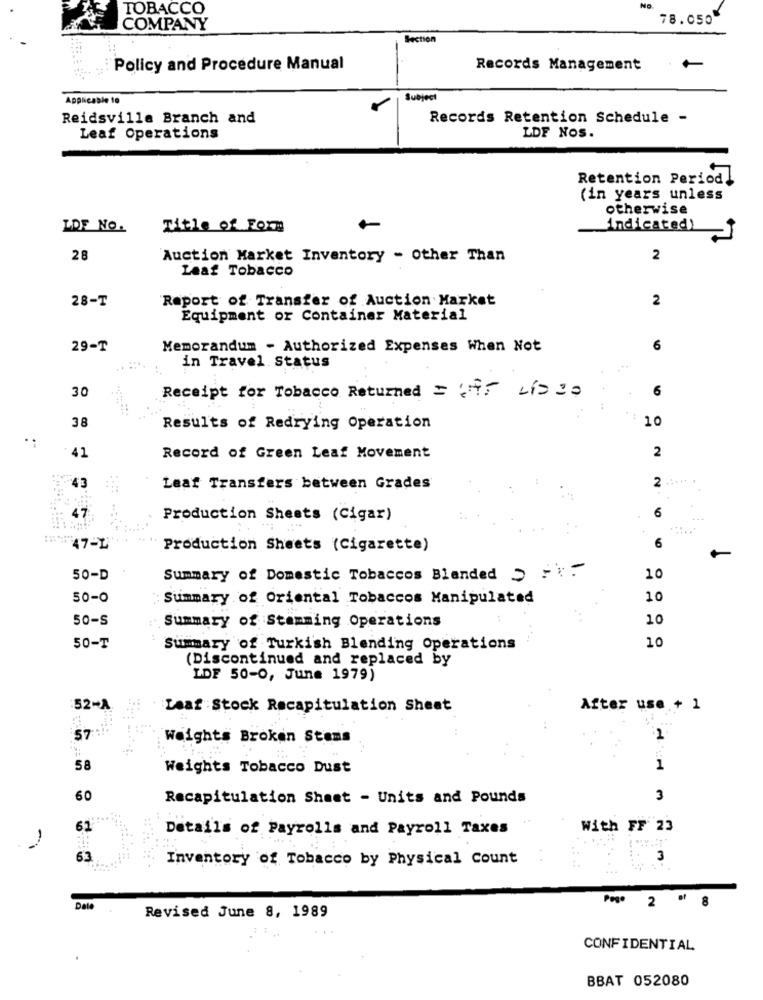
TOBACCO
78.050
COMPANY
Section
Policy and Procedure Manual
Records Management
Applicable 10
Subject
Reidsville Branch and
Records Retention Schedule -
Leaf Operations
LDF Nos.
Retention Period!
(in years unless
otherwise
LOF NO.
Title of Form
indicated)
28
Auction Market Inventory - Other Than
2
Leaf Tobacco
28-T
Report of Transfer of Auction Market
2
Equipment or Container Material
29-T
Memorandum - Authorized Expenses When Not
6
in Travel Status
30
Receipt for Tobacco Returned == LiDIO
6
38
Results of Redrying Operation
10
2
41
Record of Green Leaf Movement
43
Leaf Transfers between Grades
2
47
Production Sheets (Cigar)
6
47-L
Production Sheets (Cigarette)
6
50-D
Summary of Domestic Tobaccos Blended > ==
10
50-0
Summary of Oriental Tobaccos Manipulated
10
50-S
Summary of Stemming Operations
10
10
50-T
Summary of Turkish Blending Operations
(Discontinued and replaced by
LDF 50-0, June 1979)
52-A.
Leaf Stock Recapitulation Sheet
After use + 1
571
Weights Broken Stens
2
58
Weights Tobacco Dust
1
60
Recapitulation Sheet - Units and Pounds
3
62
Details of Payrolls and Payroll Taxes
With FF 23
-
63
Inventory of Tobacco by Physical Count
3
CO
Date
Revised June 8, 1989
CONFIDENTIAL
BBAT 052080